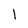
Character: I